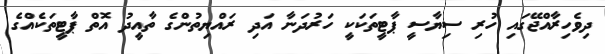
ދިވެހިރާއްޖޭގައި ހުރި ސިޔާސީ ޕާޓީތަކަކީ ހަރުދަނާ އަދި ރައްޔިތުންގެ ތާއީދު އޮތް ޕާޓީތަކެއްގެ